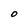
Character: O